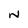
Character: N